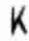
K